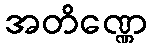
အတိဏ္ဏေ